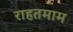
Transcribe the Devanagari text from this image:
राहतमाम